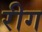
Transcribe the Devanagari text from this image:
रीग